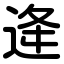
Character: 逄